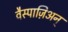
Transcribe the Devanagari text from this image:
वैस्पाज़िअन्